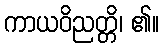
ကာယဝိညတ္တိ၊ ၏။